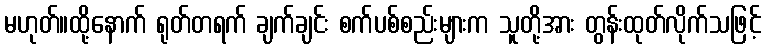
မဟုတ်။ထို့နောက် ရုတ်တရက် ချက်ချင်း စက်ပစ်စည်းများက သူတို့အား တွန်းထုတ်လိုက်သဖြင့်